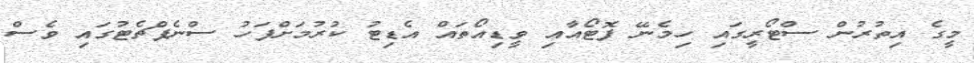
މީގެ އިތުރުން ސްޓޯރީގައި ހިމެނޭ ފޮޓޯއާއި ވީޑިއޯތައް އެޑިޓު ކުރުމަށްފަހު ސްނެޕްޗެޓުގައި ވެސް